Vaccination in Bombay 1902-1912 - 1902-1912
Year: 1902
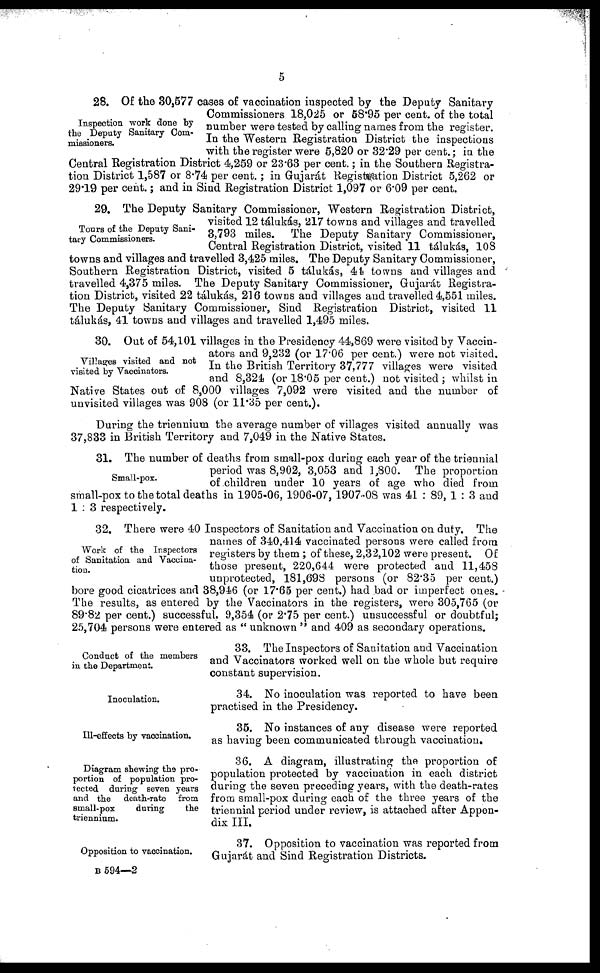
5
Inspection work done by
the Deputy Sanitary Com-
missioners.
28. Of the 30,577 cases of vaccination inspected by the Deputy Sanitary
Commissioners 18,025 or 58.95 per cent. of the total
number were tested by calling names from the register.
In the Western Registration District the inspections
with the register were 5,820 or 32.29 per cent.; in the
Central Registration District 4,259 or 23.63 per cent.; in the Southern Registra-
tion District 1,587 or 8.74 per cent. ; in Gujarát Registration District 5,262 or
29.19 per cent.; and in Sind Registration District 1,097 or 6.09 per cent.
Tours of the Deputy Sani-
tary Commissioners.
29. The Deputy Sanitary Commissioner, Western Registration District,
visited 12 tálukás, 217 towns and villages and travelled
3,793 miles. The Deputy Sanitary Commissioner,
Central Registration District, visited 11 tálukás, 108
towns and villages and travelled 3,425 miles. The Deputy Sanitary Commissioner,
Southern Registration District, visited 5 tálukás, 41 towns and villages and
travelled 4,375 miles. The Deputy Sanitary Commissioner, Gujarát Registra-
tion District, visited 22 tálukás, 216 towns and villages and travelled 4,551 miles.
The Deputy Sanitary Commissioner, Sind Registration District, visited 11
tálukás, 41 towns and villages and travelled 1,495 miles.
Villages visited and not
visited by Vaccinators.
30. Out of 54,101 villages in the Presidency 44,869 were visited by Vaccin-
ators and 9,232 (or 17.06 per cent.) were not visited.
In the British Territory 37,777 villages were visited
and 8,324 (or 18.05 per cent.) not visited ; whilst in
Native States out of 8,000 villages 7,092 were visited and the number of
unvisited villages was 908 (or 11.35 per cent.).
During the triennium the average number of villages visited annually was
37,833 in British Territory and 7,049 in the Native States.
Small-pox.
31. The number of deaths from small-pox during each year of the triennial
period was 8,902, 3,053 and 1,800. The proportion
of children under 10 years of age who died from
small-pox to the total deaths in 1905-06, 1906-07, 1907-08 was 41 : 89, 1 : 3 and
1 : 3 respectively.
Work of the Inspectors
of Sanitation and Vaccina-
tion.
32. There were 40 Inspectors of Sanitation and Vaccination on duty. The
names of 340,414 vaccinated persons were called from
registers by them ; of these, 2,32,102 were present. Of
those present, 220,644 were protected and 11,458
unprotected, 181,698 persons (or 82.35 per cent.)
bore good cicatrices and 38,946 (or 17.65 per cent.) had bad or imperfect ones.
The results, as entered by the Vaccinators in the registers, were 305,765 (or
89.82 per cent.) successful, 9,354 (or 2.75 per cent.) unsuccessful or doubtful;
25,704 persons were entered as " unknown " and 409 as secondary operations.
Conduct of the members
in the Department.
33. The Inspectors of Sanitation and Vaccination
and Vaccinators worked well on the whole but require
constant supervision.
Inoculation.
34. No inoculation was reported to have been
practised in the Presidency.
Ill-effects by vaccination.
35. No instances of any disease were reported
as having been communicated through vaccination.
Diagram shewing the pro-
portion of population pro-
tected during seven years
and the
death-rate
from
small-pox
during
the
triennium.
36. A diagram, illustrating the proportion of
population protected by vaccination in each district
during the seven preceding years, with the death-rates
from small-pox during each of the three years of the
triennial period under review, is attached after Appen-
dix III.
Opposition to vaccination.
37. Opposition to vaccination was reported from
Gujarát and Sind Registration Districts.
B 594—2